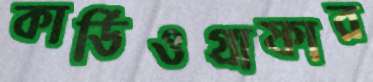
কার্ডিওগ্রাফার